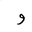
Letter: _waw